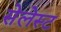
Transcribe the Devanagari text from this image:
सेलेस्ट